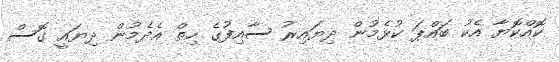
ކޮއްކޮޔާ އެކު ބައްޕަ ކުޅެމުން ދިޔައިރު ސާއިފުގެ ހިތް އެދެމުން ދިޔައީ ގޮސް